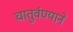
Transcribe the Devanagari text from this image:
चातुर्वण्याने